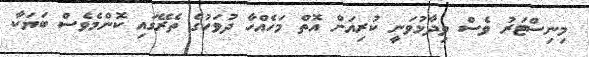
މިނިސްޓަރު ވެސް ވިދާޅުވަނީ ކުރިއަށް އޮތް މަހެއްހާ ދުވަހުގެ ތެރޭގައި ކޮންމެވެސް ބަޔަކާ